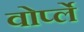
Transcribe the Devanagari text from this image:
वोर्प्ले